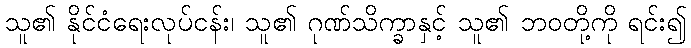
သူ၏ နိုင်ငံရေးလုပ်ငန်း၊ သူ၏ ဂုဏ်သိက္ခာနှင့် သူ၏ ဘဝတို့ကို ရင်း၍